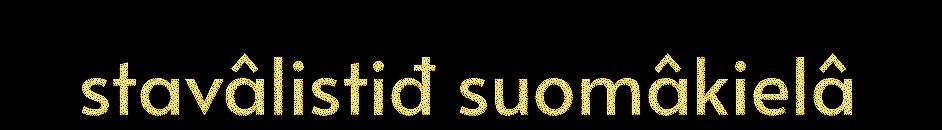
stavâlistiđ suomâkielâ